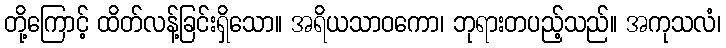
တို့ကြောင့် ထိတ်လန့်ခြင်းရှိသော။ အရိယသာဝကော၊ ဘုရားတပည့်သည်။ အကုသလံ၊